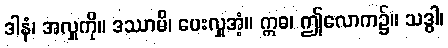
ဒါနံ၊ အလှူကို။ ဒဿာမိ၊ ပေးလှူအံ့။ ဣဓ၊ ဤလောက၌။ သဒ္ဓါ၊